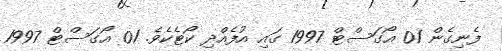
ފެނިގެން 01 އޯގަސްޓް 1997 ގައި އުފެއްދި ކޯޓެކެވެ. 01 އޯގަސްޓް 1997